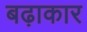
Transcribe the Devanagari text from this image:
बढ़ाकार